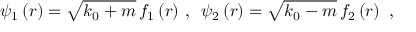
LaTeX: \psi _ { 1 } \left( r \right) = \sqrt { k _ { 0 } + m } \, f _ { 1 } \left( r \right) \, , \, \, \, \psi _ { 2 } \left( r \right) = \sqrt { k _ { 0 } - m } \, f _ { 2 } \left( r \right) \, \, ,